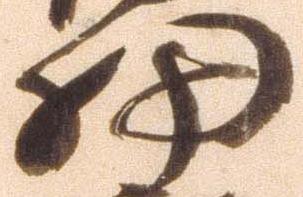
細